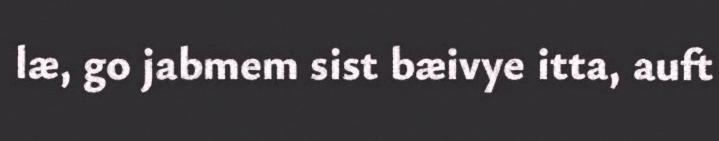
læ, go jabmem sist bæivye itta, auft